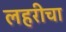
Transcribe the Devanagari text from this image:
लहरीचा